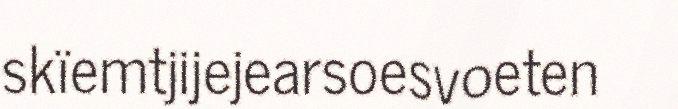
skïemtjijejearsoesvoeten